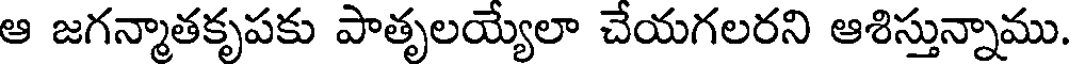
ఆ జగన్మాతకృపకు పాతృలయ్యేలా చేయగలరని ఆశిస్తున్నాము.